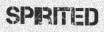
SPIRITED